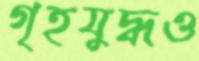
গৃহযুদ্ধও